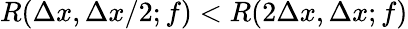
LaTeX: R(\Delta x,\Delta x/2;f)<R(2\Delta x,\Delta x;f)